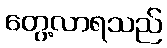
တွေ့လာရသည်